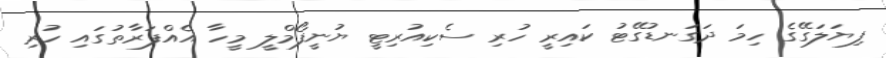
ފިޔަލަގޭގެ ހިމަ ދަގަނޑުގޭޓު ކައިރީ ހުރި ސެކިއުރިޓީ ޔުނީފޯމްލީ މީހާ އެއްފަރާތުގައި ހުރި